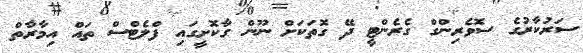
ސަރުކާރުގެ ސޮވެރިންގް ގެރެންޓީ ދޭ ގޮތަކަށް ނޫން ގާކޮށީގައި ފްލެޓްސް ތައް އިމާރާތް